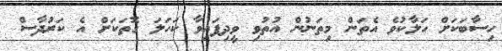
ހިސާބަކަށް ހަލާކުވެ އެތަން މިތަނުން އުތުވި ވީދިފައިވާ ކަހަލަ ގޮތަކަށް އެ ކަރުދާސް